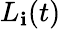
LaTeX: L_{\mathbf{i}}(t)